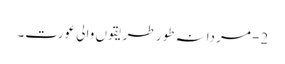
2- مردانہ طور طریقوں والی عورت۔